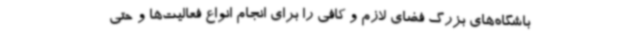
باشگاه‌های بزرگ فضای لازم و کافی را برای انجام انواع فعالیت‌ها و حتی